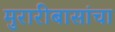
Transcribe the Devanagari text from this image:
मुरारीबासांचा